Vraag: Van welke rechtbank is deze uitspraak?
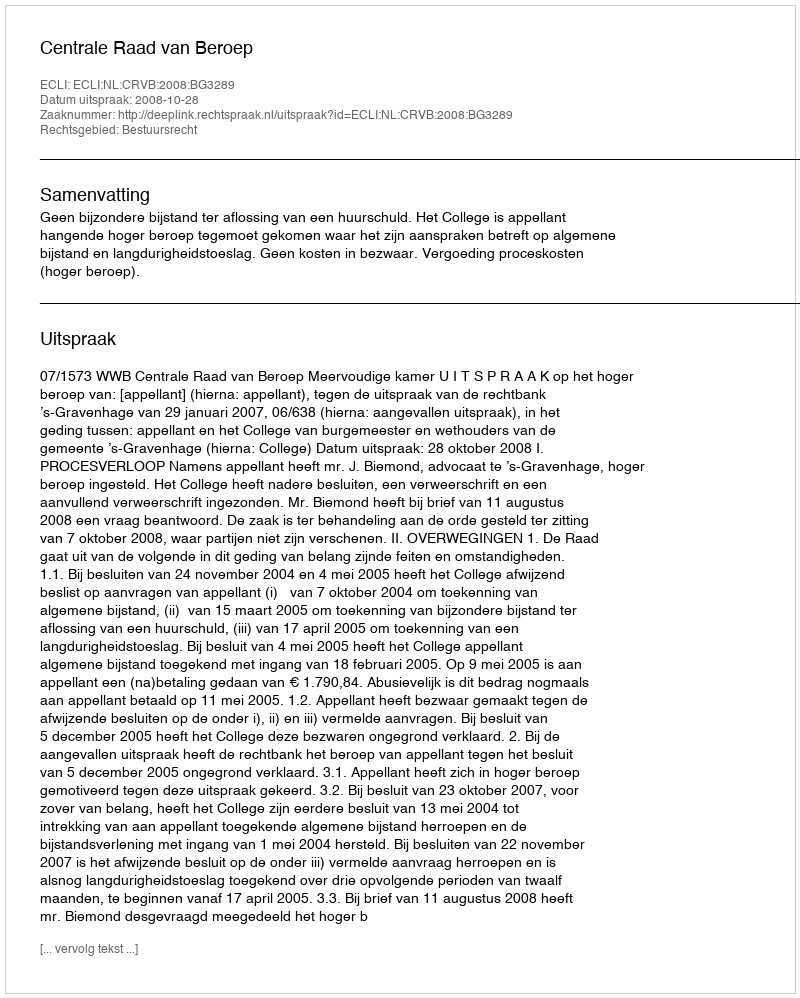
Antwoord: Centrale Raad van Beroep